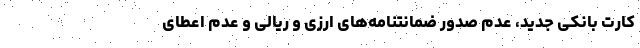
کارت بانکی جدید، عدم صدور ضمانتنامه‌های ارزی و ریالی و عدم اعطای